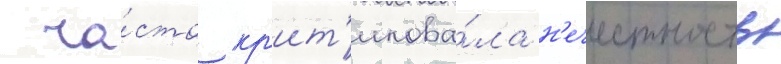
 ча́сто кр'ит'икова́ла н'ечестность